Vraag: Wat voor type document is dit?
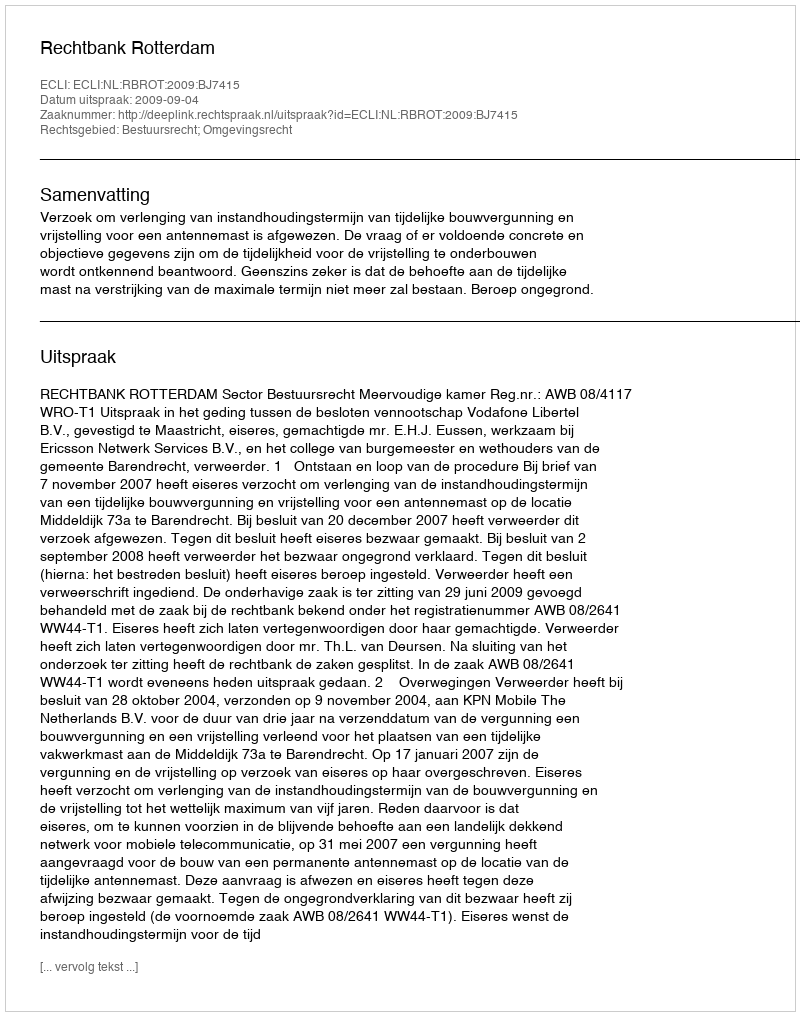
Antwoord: Uitspraak